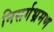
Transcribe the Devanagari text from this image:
निसर्गभ्रमण